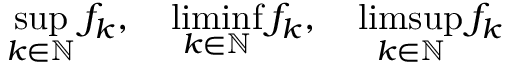
\operatorname* { s u p } _ { k \in \mathbb { N } } f _ { k } , \quad \operatorname* { l i m i n f } _ { k \in \mathbb { N } } f _ { k } , \quad \operatorname* { l i m s u p } _ { k \in \mathbb { N } } f _ { k }